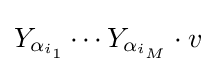
Y_{\alpha _{i_{1}}}\cdots Y_{\alpha _{i_{M}}}\cdot v